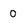
Character: 0